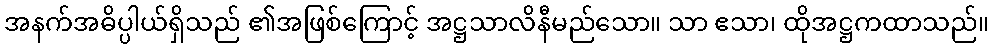
အနက်အဓိပ္ပါယ်ရှိသည် ၏အဖြစ်ကြောင့် အဋ္ဌသာလိနီမည်သော။ သာ ဧသာ၊ ထိုအဋ္ဌကထာသည်။